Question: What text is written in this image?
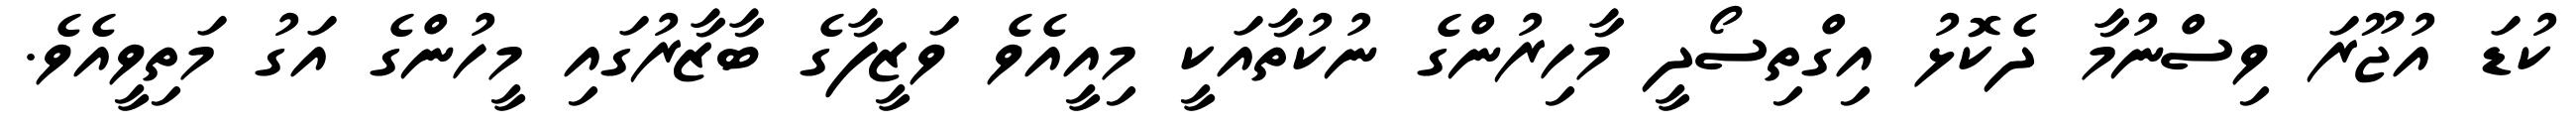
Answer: ކުޑަ އުޖޫރަ ވިސްނުމާ ދެކޮޅު އިގްތިސޯދީ މާހިރުންގެ ނުކުތާއަކީ މިއީއެވެ ވަޒީފާގެ ބާޒާރުގައި މީހުންގެ އަގު މަތިވީއެވެ.